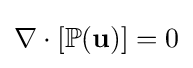
\nabla \cdot [\mathbb {P} (\mathbf {u} )]=0